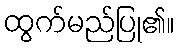
ထွက်မည်ပြု၏။